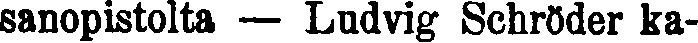
sanopistolta — Ludvig Schröder ka-